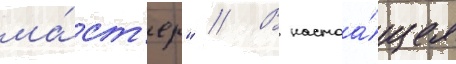
ма́ст'ер" // В настоа́щее